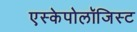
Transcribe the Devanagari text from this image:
एस्केपोलॉजिस्ट